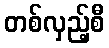
တစ်လှည့်စီ